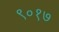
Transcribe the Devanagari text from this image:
९०१७